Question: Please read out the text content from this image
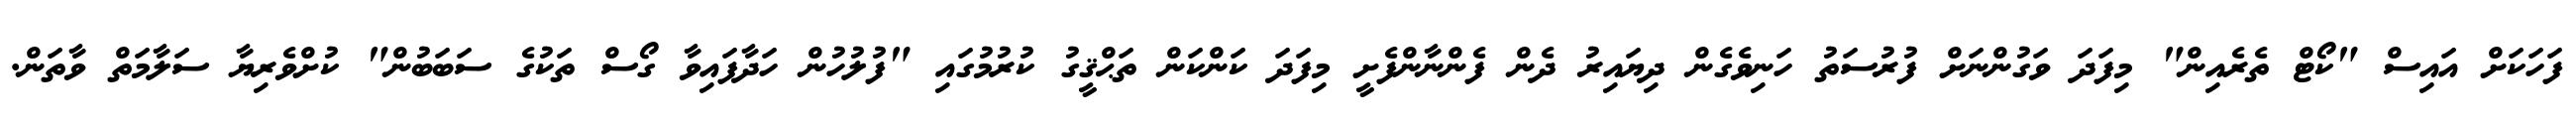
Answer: ފަހަކަށް އައިސް "ކޯޓް ތެރެއިން" މިފަދަ ވަގުންނަށް ފުރުސަތު ހަނިވެގެން ދިޔައިރު ދެން ފެންނާންފެށީ މިފަދަ ކަންކަން ތަޙްޤީގު ކުރުމުގައި "ފުލުހުން ހަދާފައިވާ ގޯސް ތަކުގެ ސަބަބުން" ކުށްވެރިޔާ ސަލާމަތް ވާތަން.